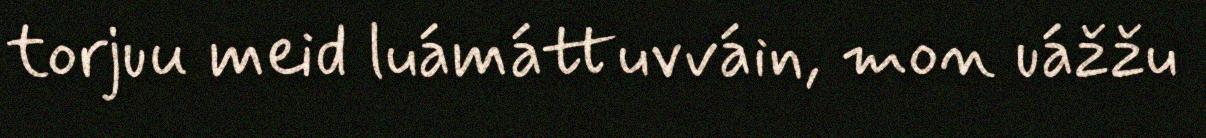
torjuu meid luámáttuvváin, mon uážžu